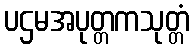
ပဌမအပုတ္တကသုတ္တံ